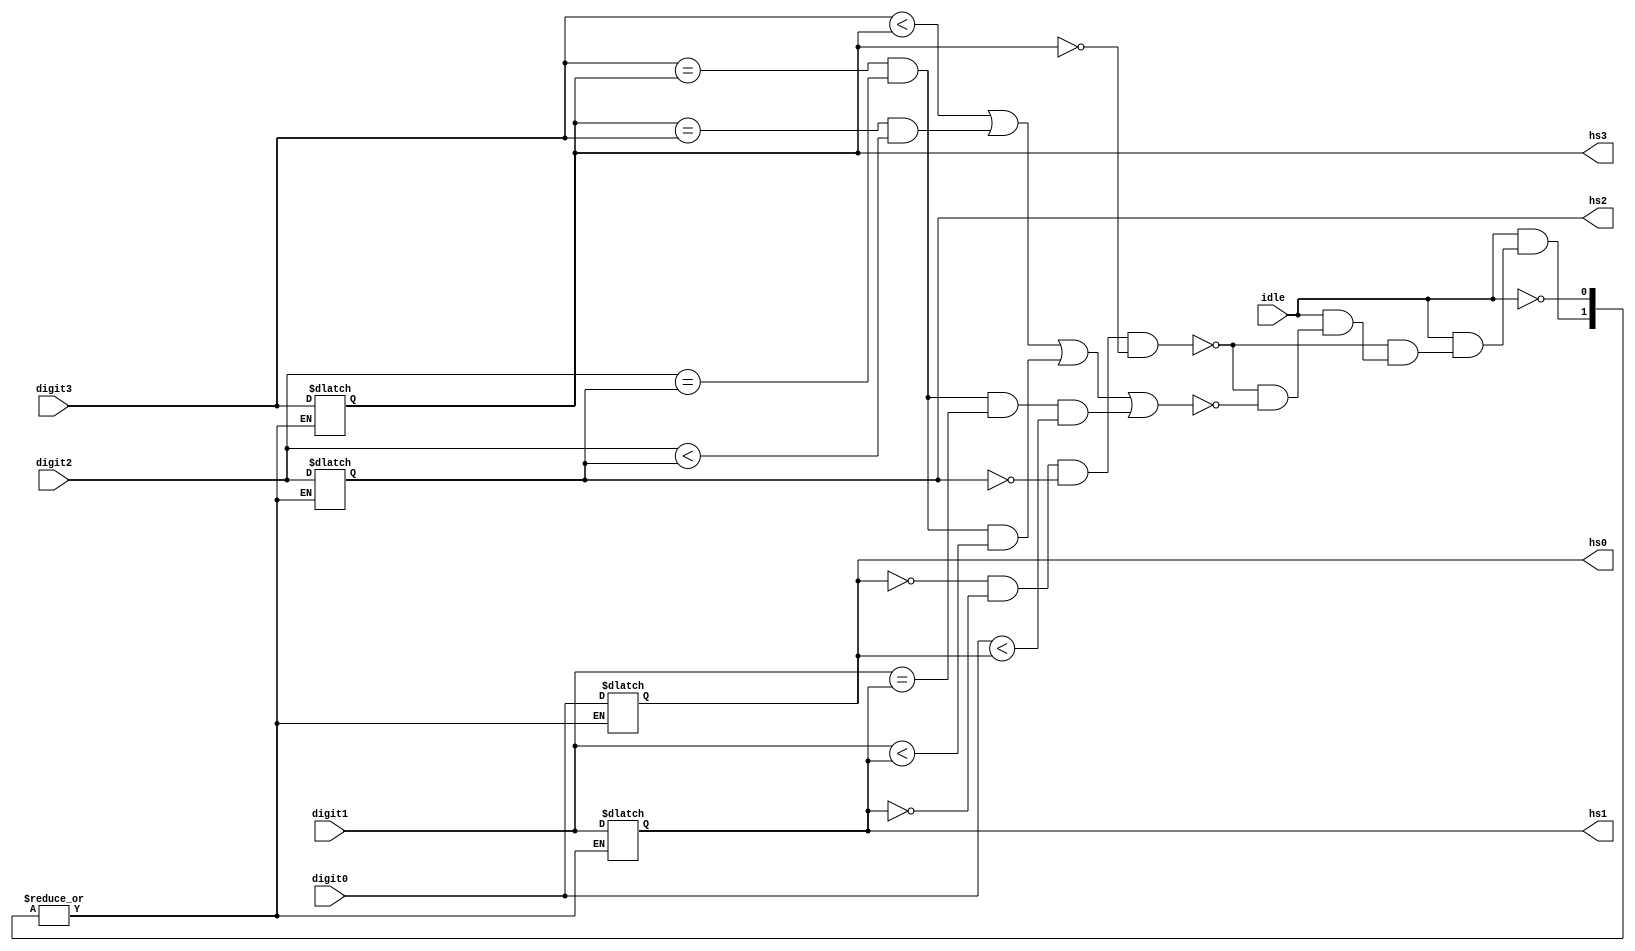
module HighScore(input [3:0] digit0, digit1, digit2, digit3, input idle, output reg[3:0] hs0, hs1, hs2, hs3);
parameter z0=4'b0000;
	always @(*)
	if(idle)
	begin
		if(hs0 ==z0 && hs1 == z0 && hs2 == z0 && hs3 == z0)
		begin 
			hs0=digit0;
			hs1=digit1;
			hs2=digit2;
			hs3=digit3;
		end
		else if (digit3<hs3 | (hs3==digit3 && digit2<hs2) | (digit3==hs3 && digit2==hs2 && digit1<hs1) | 
				  (digit3==hs3 && digit2==hs2 && digit1==hs1 && digit0<hs0))
		begin 
			hs0=digit0;
			hs1=digit1;
			hs2=digit2;
			hs3=digit3;
		end
		
   end
endmodule